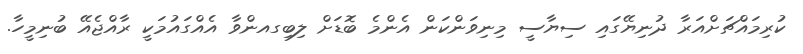
ކުރިމައްޗަށްއަރާ ދުނިޔޭގައި ސިޔާސީ މިނިވަންކަން އެންމެ ބޮޑަށް ލިބިގއންވާ އެއްގައުމަކީ ރާއްޖެއޭ ބުނިމީހާ.